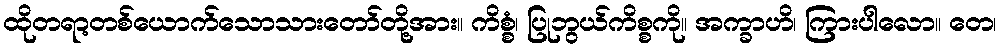
ထိုတရာ့တစ်ယောက်သောသားတော်တို့အား။ ကိစ္စံ၊ ပြုဘွယ်ကိစ္စကို။ အက္ခာဟိ၊ ကြားပါလော။ တေ၊